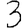
Digit: 3